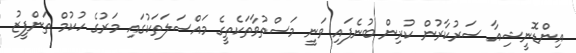
އިންޑޮނީޝިއާ ސަރުކާރުން ކުރިން ބުނެފައި ވަނީ މަސްތުވާތަކެތީގެ މައްސަލަަތަކުގައި މަރުގެ ހުކުމް ތަންފީޒު